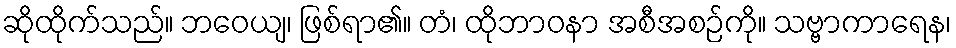
ဆိုထိုက်သည်။ ဘဝေယျ၊ ဖြစ်ရာ၏။ တံ၊ ထိုဘာဝနာ အစီအစဉ်ကို။ သဗ္ဗာကာရေန၊